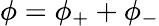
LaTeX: \phi=\phi_{+}+\phi_{-}